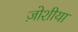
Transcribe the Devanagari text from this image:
ज़ोशीया